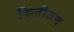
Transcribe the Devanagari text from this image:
कितीजण